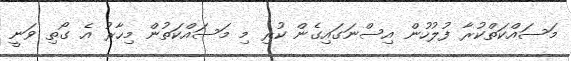
މަސައްކަތްކުރާ ފުލުހުން އިސްނަގައިގެން ކުރި މި މަސައްކަތުން މިހާރު އެ ގޯތި ވަނީ